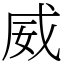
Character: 威